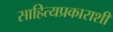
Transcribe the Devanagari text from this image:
साहित्यप्रकाराशी